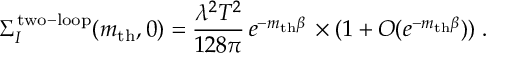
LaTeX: \Sigma _ { I } ^ { \mathrm { \scriptsize { t w o - l o o p } } } ( m _ { \mathrm { t h } } , 0 ) = { \frac { \lambda ^ { 2 } T ^ { 2 } } { 1 2 8 \pi } } \, e ^ { - m _ { \mathrm { t h } } \beta } \, \times ( 1 + { \cal O } ( e ^ { - m _ { \mathrm { t h } } \beta } ) ) \; .